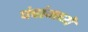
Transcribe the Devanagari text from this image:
पंचांमध्ये